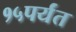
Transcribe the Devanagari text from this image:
१५पर्यंत